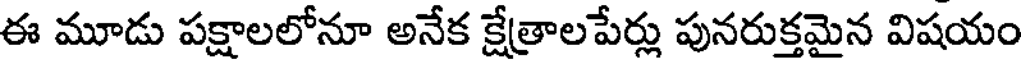
ఈ మూడు పక్షాలలోనూ అనేక క్షేత్రాలపేర్లు పునరుక్తమైన విషయం